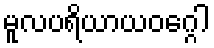
မူလပရိယာယဝဂ္ဂေါ